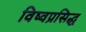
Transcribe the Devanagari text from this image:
विष्वप्रसिद्ध